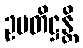
ဥပတိဋ္ဌန္တိ